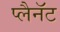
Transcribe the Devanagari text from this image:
प्लैनॅट